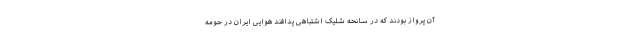
آن پرواز بودند که در سانحه شلیک اشتباهی پدافند هوایی ایران در حومه